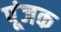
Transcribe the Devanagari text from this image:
पूंजक